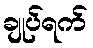
ချုပ်ရက်